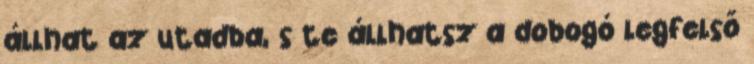
állhat az utadba, s te állhatsz a dobogó legfelső